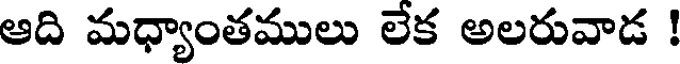
ఆది మధ్యాంతములు లేక అలరువాడ !